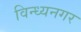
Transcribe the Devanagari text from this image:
विन्ध्यनगर